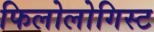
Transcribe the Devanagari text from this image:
फिलोलोगिस्ट